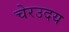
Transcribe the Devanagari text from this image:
चेरउदय